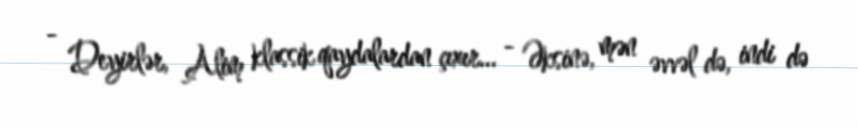
- Deyirlər, Alim klassik qaydalardan çıxır... - Əksinə, mən əvvəl də, indi də